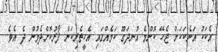
އެކަކު އަނެކަކަށް ޖެހޭ ކޮންމެ އުނދަގޫ ކަމެއްގައި އެހީތެރިކަން ފޯރުކޮށްދެމުން ދެ އެވެ.